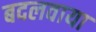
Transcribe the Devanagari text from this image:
बदलवाया